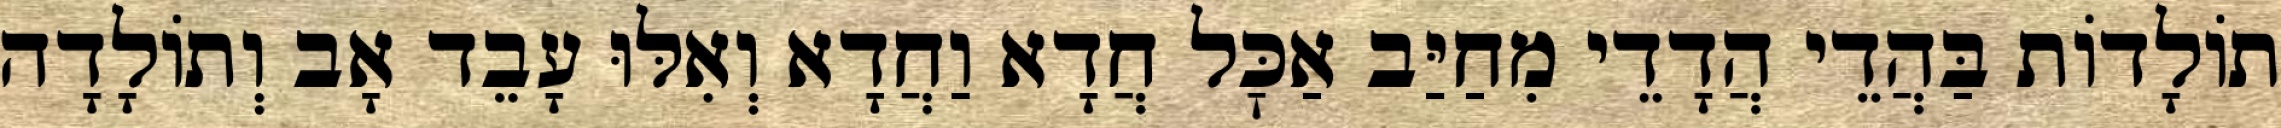
תוֹלָדוֹת בַּהֲדֵי הֲדָדֵי מִחַיַּב אַכׇּל חֲדָא וַחֲדָא וְאִלּוּ עָבֵד אָב וְתוֹלָדָה